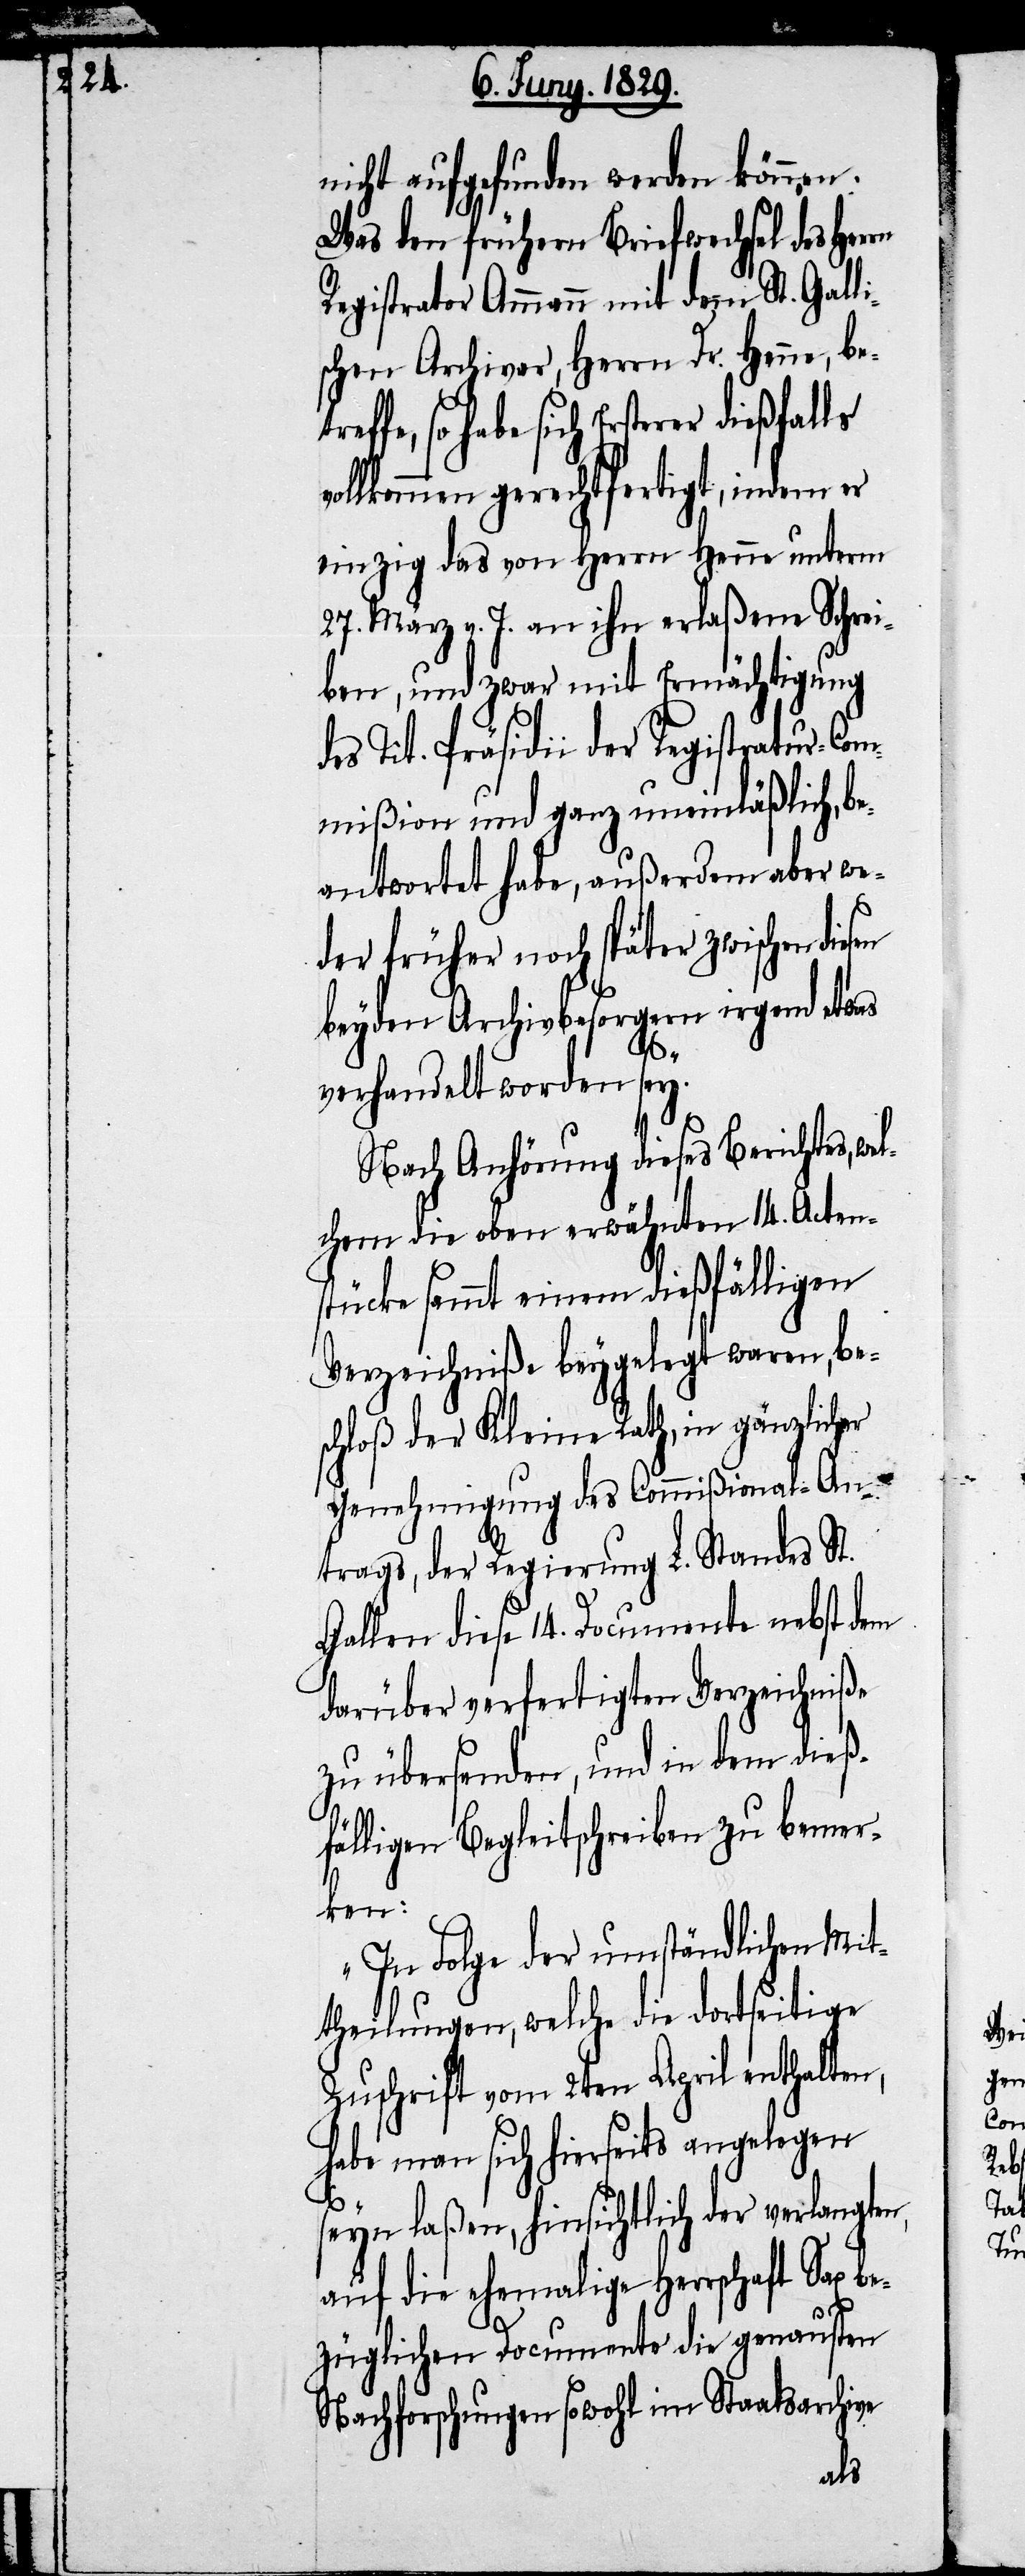
diesen

nicht aufgefunden werden können.
Was den frühern Briefwechsel des Her¬
Registrator Ammann mit dem St. Gall¬
schen Archivar, Herrn Dr. Henne, be¬
fe, so habe sich Ersterer dießfalls
vollkommen gerechtfertigt, indem er
einzig das von Herrn Henne unterm
27. März v. J. an ihn erlaßene Schrei¬
ben, und zwar mit Ermächtigung
des Tit. Präsdii der Registratur-Com¬
mißion und ganz uneinläßlich, be¬
antwortet habe, außerdem aber we¬
der früher noch später zwischen
beyden Archivbesorgten irgend etwas
verhandelt worden sey.
Nach Anhörung dieses Berichtes, we¬
lchem die oben erwähnten 14. Acten¬
stücke sammt einem dießfälligen
Verzeichniße beygelegt waren, be¬
schloß der Kleine Rath, in gänzlicher
Genehmigung des Commißional-An¬
trags, der Regierung L. Standes St.
Gallen diese 14. Documente nebst dem
darüber verfertigtem Verzeichniße
zu übersenden, und in dem dieß¬
fälligen Begleitschreiben zu bemer¬
ken:
„In Folge der umständlichen Mit¬
theilungen, welche die dortseitige
Zuschrift vom 2ten April enthalten,
habe man sich hierseits angelegen
seyn laßen, hinsichtlich der verlangten,
auf die ehemalige Herrschaft Sax be¬
züglichen Documente die genausten
Nachforschungen sowohl im Staatsarchive